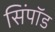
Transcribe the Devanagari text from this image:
सिंपॉड